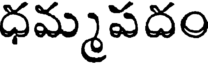
ధమ్మపదం